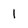
Character: 1